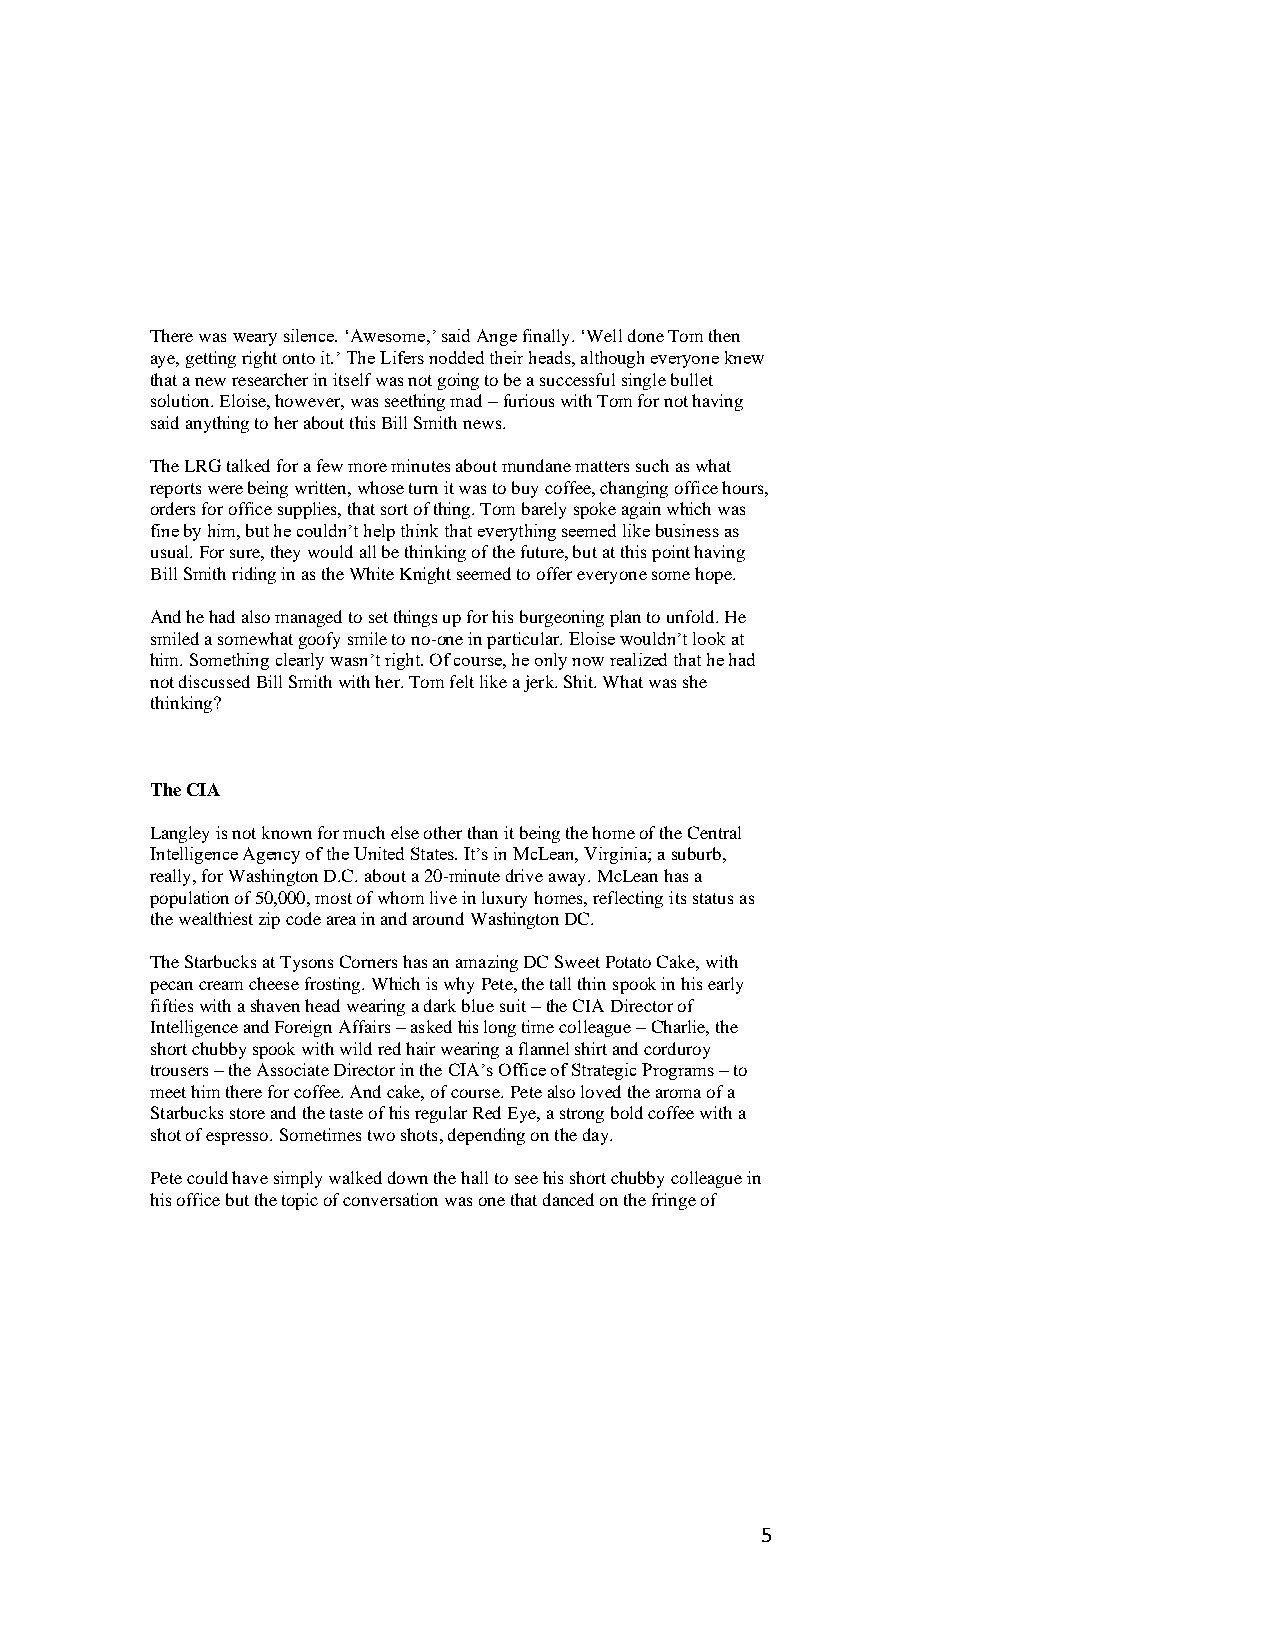
There was weary silence. ‘Awesome,’ said Ange finally. ‘Well done Tom then
 aye, getting right onto it.’ The Lifers nodded their heads, although everyone knew
 that a new researcher in itself was not going to be a successful single bullet
 solution. Eloise, however, was seething mad – furious with Tom for not having
 said anything to her about this Bill Smith news.
 The LRG talked for a few more minutes about mundane matters such as what
 reports were being written, whose turn it was to buy coffee, changing office hours,
 orders for office supplies, that sort of thing. Tom barely spoke again which was
 fine by him, but he couldn’t help think that everything seemed like business as
 usual. For sure, they would all be thinking of the future, but at this point having
 Bill Smith riding in as the White Knight seemed to offer everyone some hope.
 And he had also managed to set things up for his burgeoning plan to unfold. He
 smiled a somewhat goofy smile to no-one in particular. Eloise wouldn’t look at
 him. Something clearly wasn’t right. Of course, he only now realized that he had
 not discussed Bill Smith with her. Tom felt like a jerk. Shit. What was she
 thinking?
 The CIA
 Langley is not known for much else other than it being the home of the Central
 Intelligence Agency of the United States. It’s in McLean, Virginia; a suburb,
 really, for Washington D.C. about a 20-minute drive away. McLean has a
 population of 50,000, most of whom live in luxury homes, reflecting its status as
 the wealthiest zip code area in and around Washington DC.
 The Starbucks at Tysons Corners has an amazing DC Sweet Potato Cake, with
 pecan cream cheese frosting. Which is why Pete, the tall thin spook in his early
 fifties with a shaven head wearing a dark blue suit – the CIA Director of
 Intelligence and Foreign Affairs – asked his long time colleague – Charlie, the
 short chubby spook with wild red hair wearing a flannel shirt and corduroy
 trousers – the Associate Director in the CIA’s Office of Strategic Programs – to
 meet him there for coffee. And cake, of course. Pete also loved the aroma of a
 Starbucks store and the taste of his regular Red Eye, a strong bold coffee with a
 shot of espresso. Sometimes two shots, depending on the day.
 Pete could have simply walked down the hall to see his short chubby colleague in
 his office but the topic of conversation was one that danced on the fringe of
 5